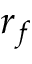
r _ { f }